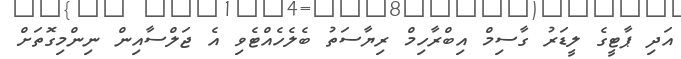
އަދި ޕާޓީގެ ލީޑަރު ގާސިމް އިބްރާހިމް ރިޔާސަތު ބެލެހެއްޓެވި އެ ޖަލްސާއިން ނިންމިގޮތަށް